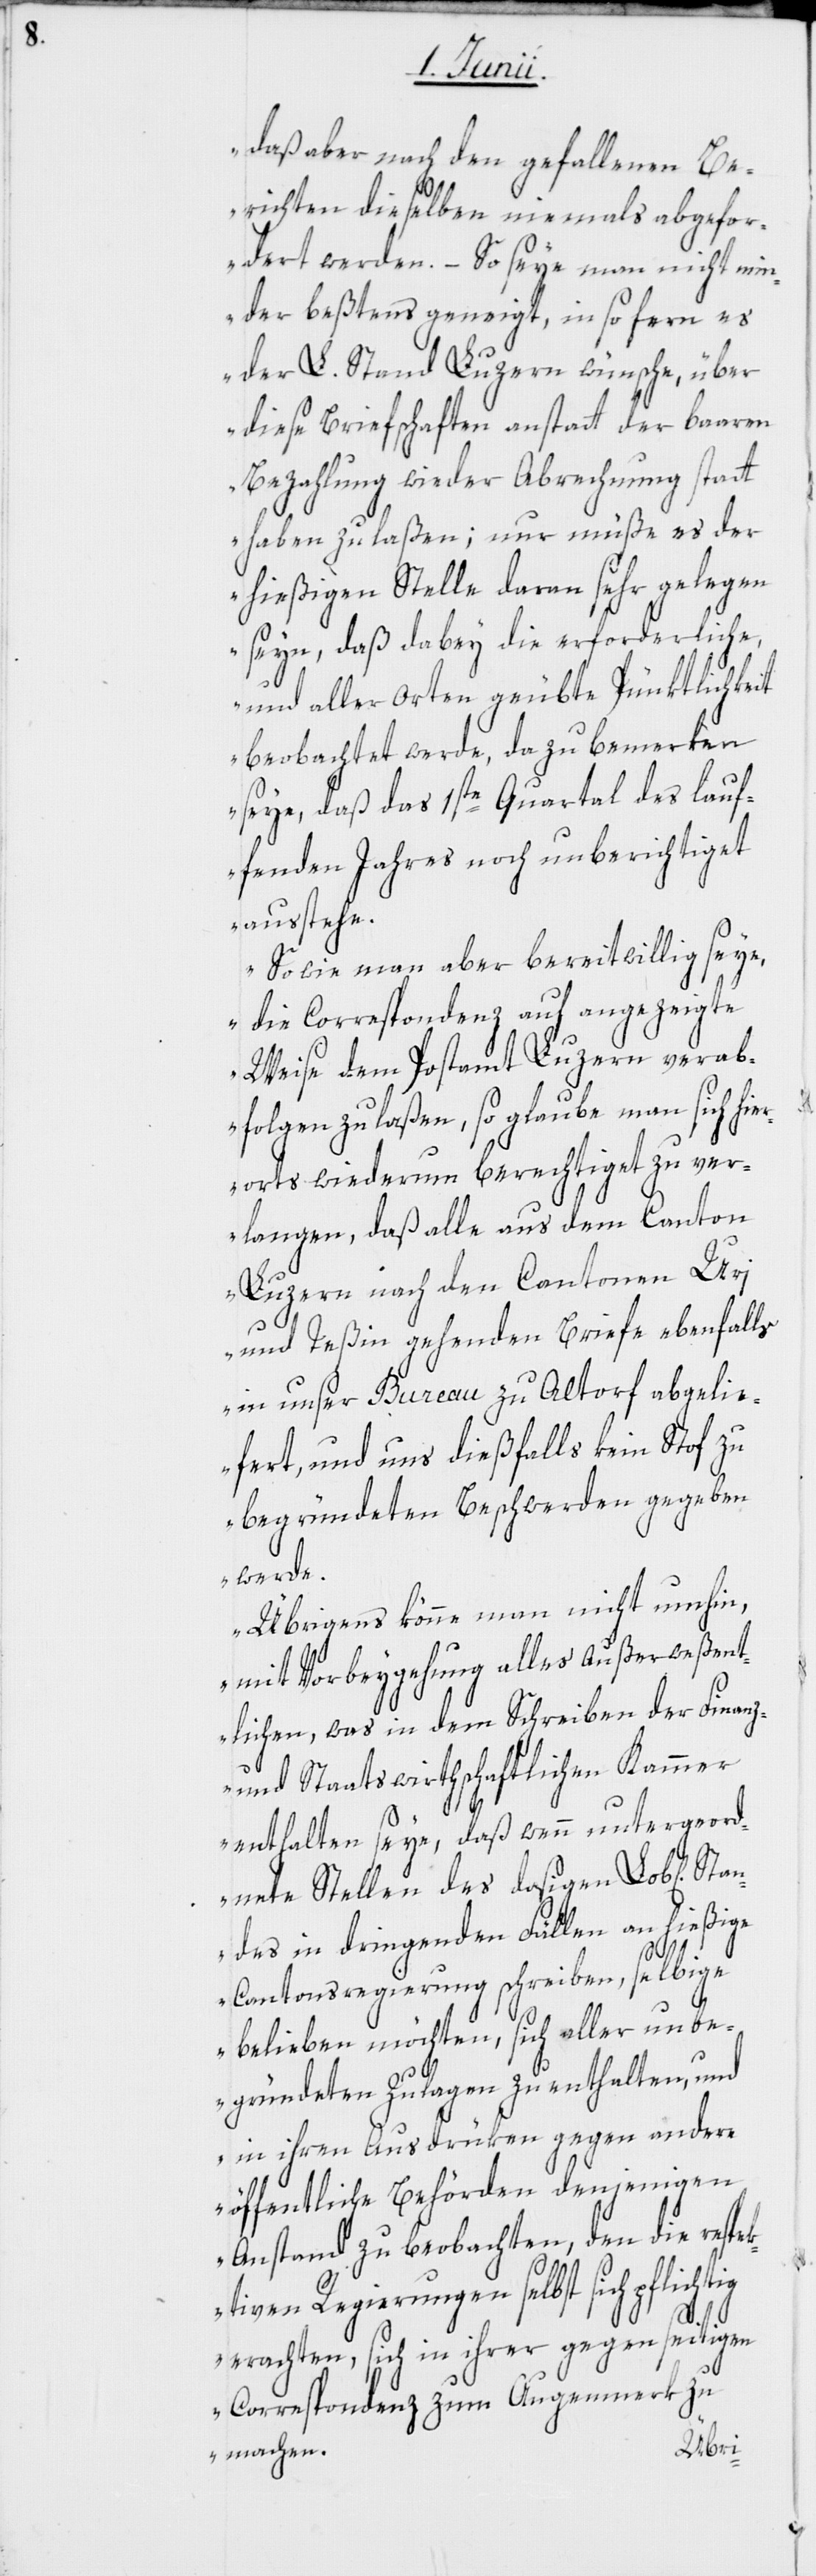
daß aber nach den gefallenen Be¬
richten dieselben niemals abgefor¬
dert werden. – So seye man nicht min¬
der beßtens geneigt, in so fern es
der L. Stand Luzern wünsche, über
diese Briefschaften anstatt der baaren
Bezahlung wieder Abrechnung statt
haben zu laßen; nur müße es der
hießigen Stelle daran sehr gelegen
seyn, daß dabey die erforderliche,
und aller Orten geübte Pünktlichkeit
beobachtet werde, da zu bemerken
seye, daß das 1ste Quartal des lauf¬
fenden Jahres noch unberichtiget
ausstehe.
So wie man aber bereitwillig seye,
die Correspondenz auf angezeigte
Weise dem Postamt Luzern verab¬
folgen zu laßen, so glaube man sich hie¬
rorts wiederum berechtiget zu ver¬
langen, daß alle aus dem Canton
Luzern nach den Cantonen Uri
und Teßin gehenden Briefe ebenfalls
in unser Bureau zu Altorf abgeli¬
efert, und uns dießfalls kein Stof zu
begründeten Beschwerden gegeben
werde.
Übrigens könne man nicht umhin,
mit Vorbeygehung alles Außerweßent¬
lichen, was in dem Schreiben der Finanz-
und Staatswirthschaftlichen Kammer
enthalten seye, daß wenn untergeord¬
nete Stellen des dasigen Lob[lichen]
ndes in dringenden Fällen an hießige
Sta¬
Cantonsregierung schreiben, selbige
belieben möchten, sich aller unbe¬
gründeten Zulagen zu enthalten, und
in ihren Ausdrüken gegen andere
öffentliche Behörden denjenigen
Anstand zu beobachten, den die respek¬
tiven Regierungen selbst sich pflichtig
erachten, sich in ihrer gegenseitigen
Correspondenz zum Augenmerk zu